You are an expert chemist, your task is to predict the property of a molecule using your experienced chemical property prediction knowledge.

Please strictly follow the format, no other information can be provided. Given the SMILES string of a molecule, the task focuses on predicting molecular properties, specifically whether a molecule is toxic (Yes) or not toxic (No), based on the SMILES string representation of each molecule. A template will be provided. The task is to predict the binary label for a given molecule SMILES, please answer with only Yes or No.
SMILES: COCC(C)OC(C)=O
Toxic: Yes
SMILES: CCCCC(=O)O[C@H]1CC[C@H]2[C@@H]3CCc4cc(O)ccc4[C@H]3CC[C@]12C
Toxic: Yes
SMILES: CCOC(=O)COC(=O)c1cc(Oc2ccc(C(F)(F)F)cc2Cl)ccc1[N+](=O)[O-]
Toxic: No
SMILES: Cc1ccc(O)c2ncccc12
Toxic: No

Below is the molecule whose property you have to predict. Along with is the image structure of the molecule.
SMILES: CCCCCCCCCCCCOC(C)=O
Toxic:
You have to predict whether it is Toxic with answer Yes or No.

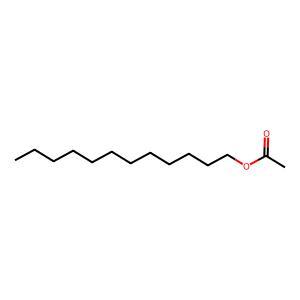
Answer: No